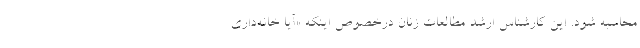
محاسبه شود. این کارشناس ارشد مطالعات زنان درخصوص اینکه «آیا خانه‌داری